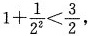
$$1 + \frac { 1 } { 2 ^ { 2 } } < \frac { 3 } { 2 }$$ ，